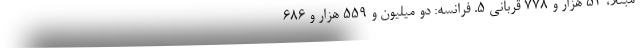
مبتلا، ۵۴ هزار و ۷۷۸ قربانی ۵. فرانسه: دو میلیون و ۵۵۹ هزار و ۶۸۶